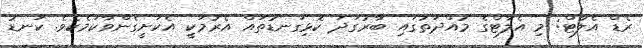
ރެޑް އެލާޓް: މި އެލާޓްގެ މުއްދަތުގައި ބާރުގަދަ ކޮޅިގަނޑުތައް އެރުމަކީ އެކަށީގެންވާކަމެކެވެ. ކަނޑު